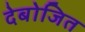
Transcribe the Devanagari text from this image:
देबोजित